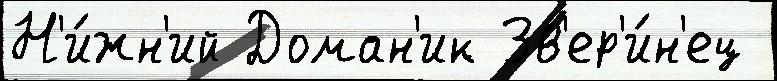
Н'и́жн'ий Доман'ик Зв'ер'и́н'ец